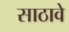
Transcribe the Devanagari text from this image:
साठावे